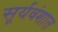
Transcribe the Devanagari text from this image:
सूर्यवंशात